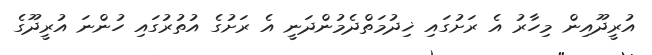
އުރީދޫއިން މިހާރު އެ ރަށުގައި ޚިދުމަތްދެމުންދަނީ އެ ރަށުގެ އުތުރުގައި ހުންނަ އުރީދޫގެ